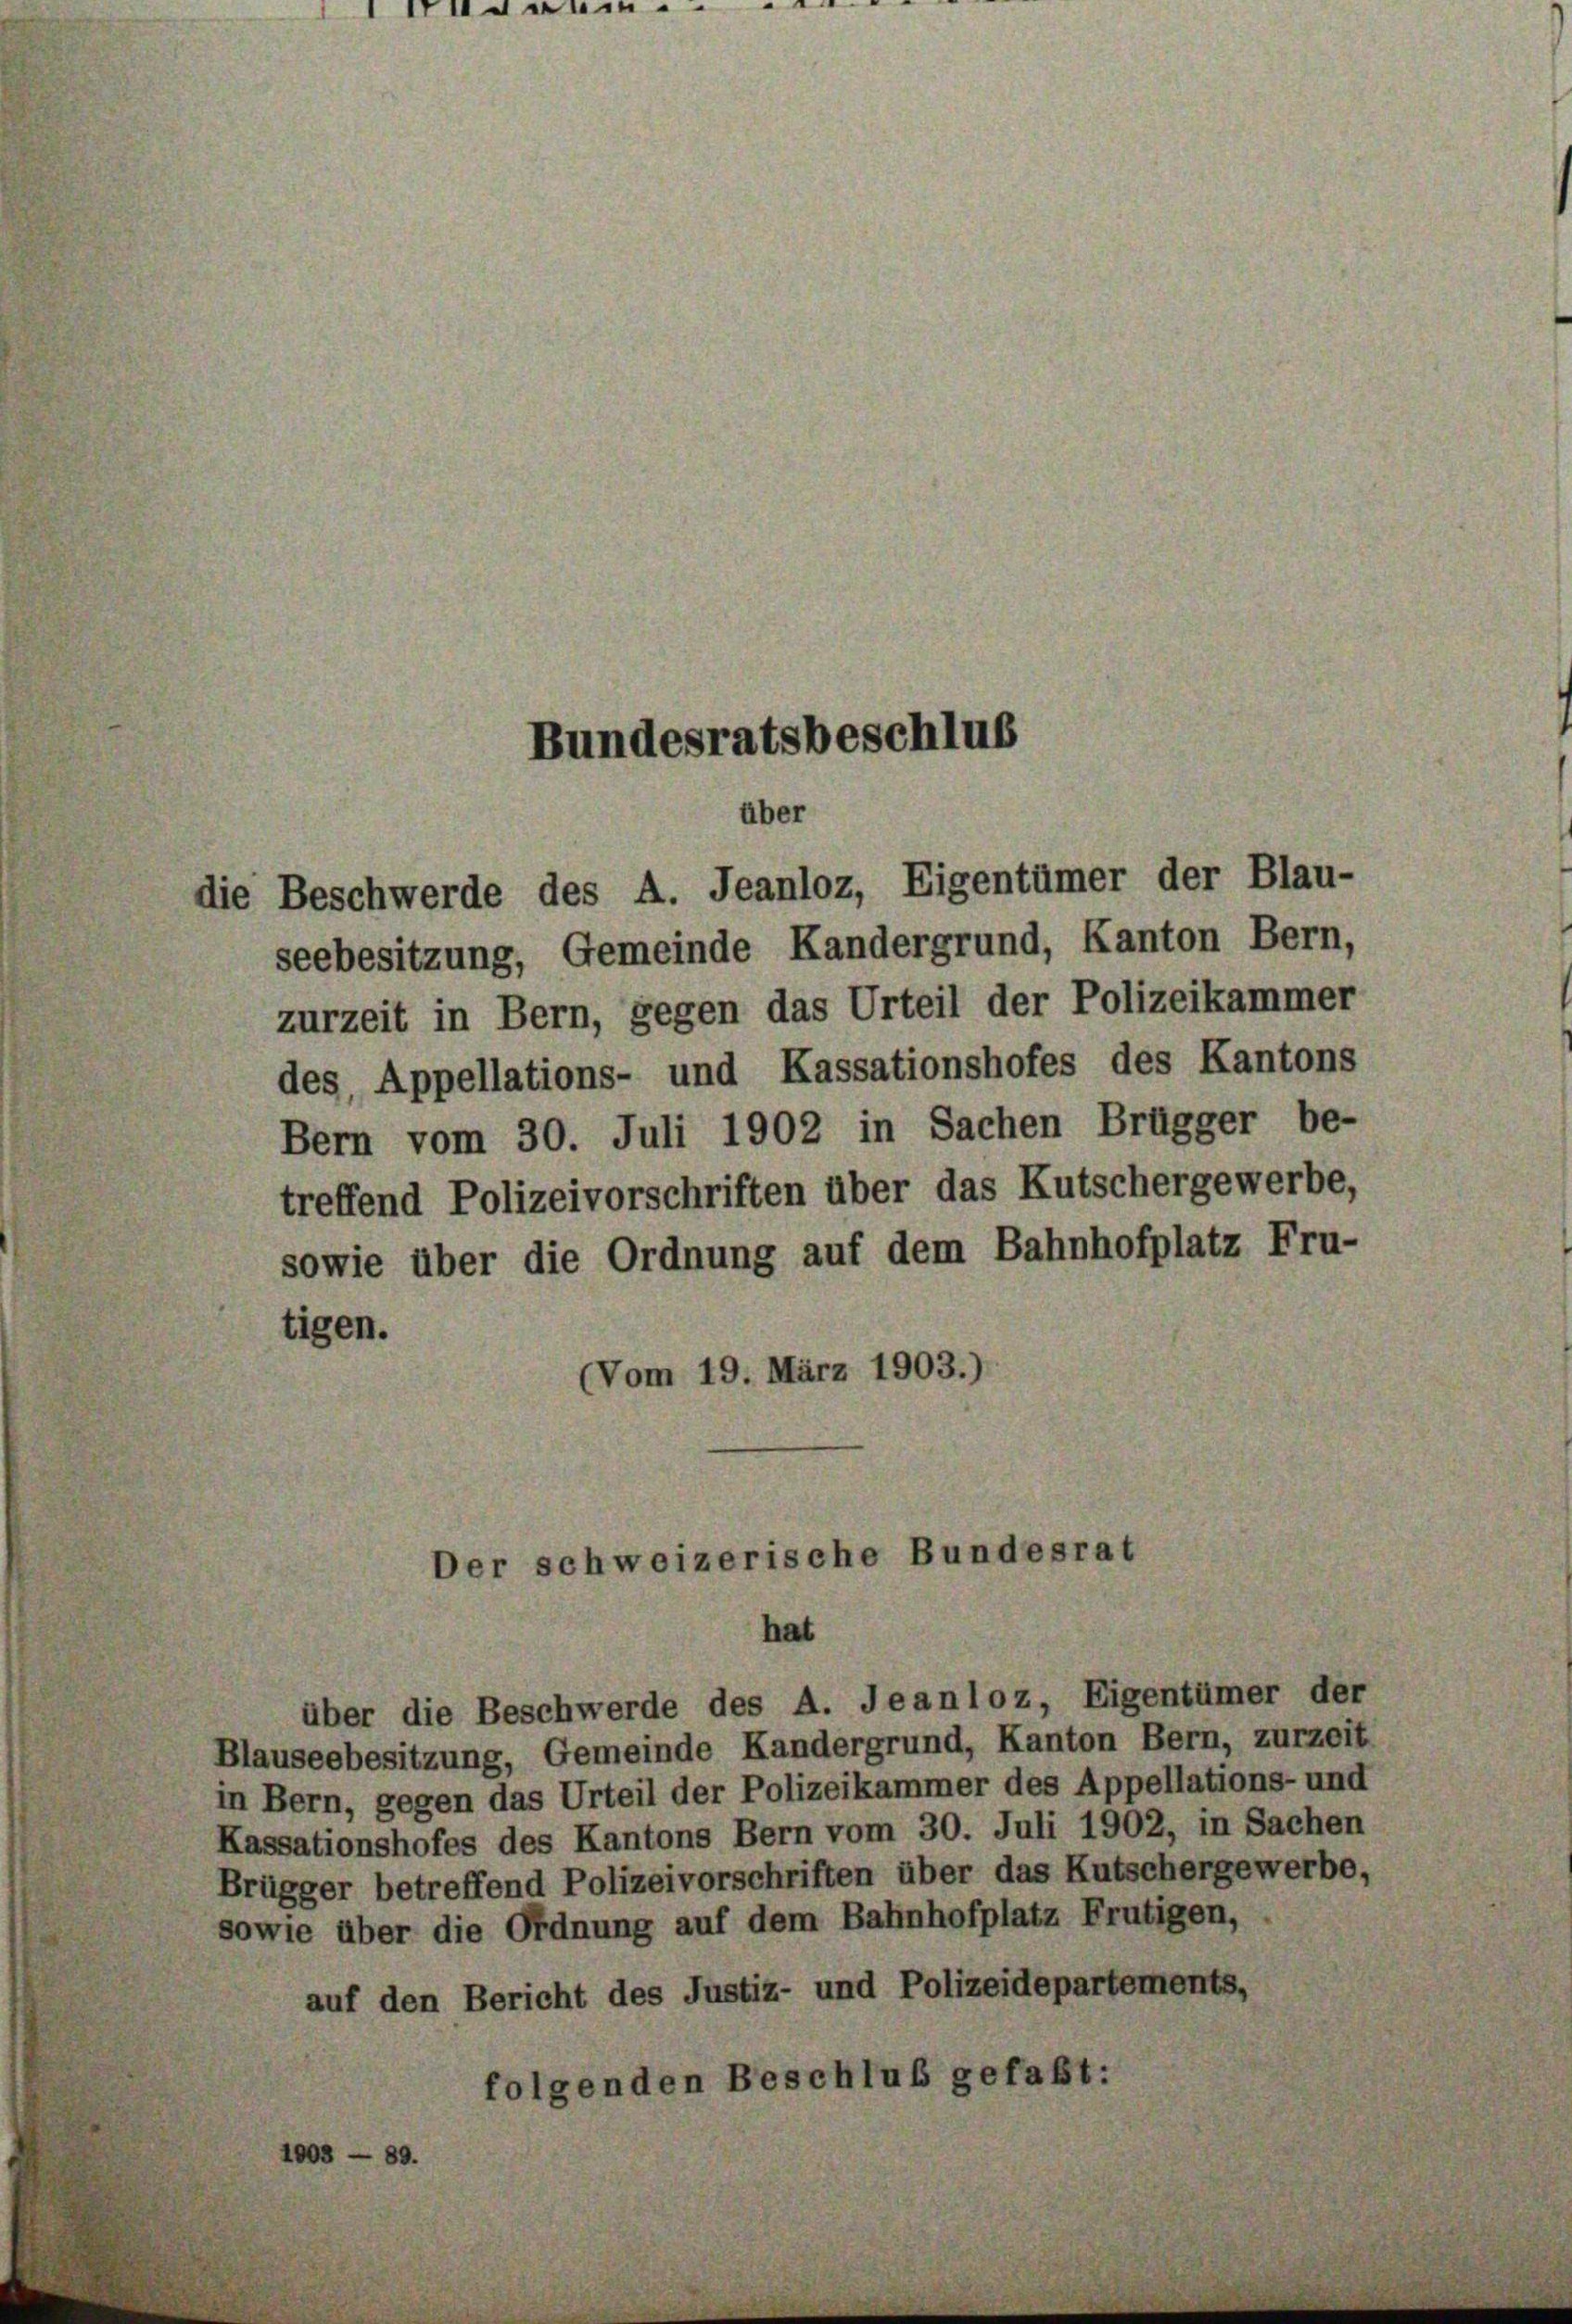
die Beschwerde des A. Jeanloz, Eigentümer der Blau-
seebesitzung, Gemeinde Kandergrund, Kanton Bern,
zurzeit in Bern, gegen das Urteil der Polizeikammer
des, Appellations- und Kassationshofes des Kantons
Bern vom 30. Juli 1902 in Sachen Brügger be-
treffend Polizeivorschriften über das Kutschergewerbe,
sowie über die Ordnung auf dem Bahnhofplatz Fru-
tigen.
(Vom 19. März 1903.)

Bundesratsbeschlus

Der schweizerische Bundesrat
hat

über die Beschwerde des A. Jeanloz, Eigentümer
slauseebesitzung, Gemeinde Kandergrund, Kanton Bern, zurzei
in Bern, gegen das Urteil der Polizeikammer des Appellations- und
Kassationshofes des Kantons Bern vom 30. Juli 1902, in Sachen
Brügger betreffend Polizeivorschriften über das Kutscherger
sowie über die Ordnung auf dem Bahnhofplatz Frutigen,
auf den Bericht des Justiz- und Polizeidepartements,
folgenden Beschluß gefaßt: